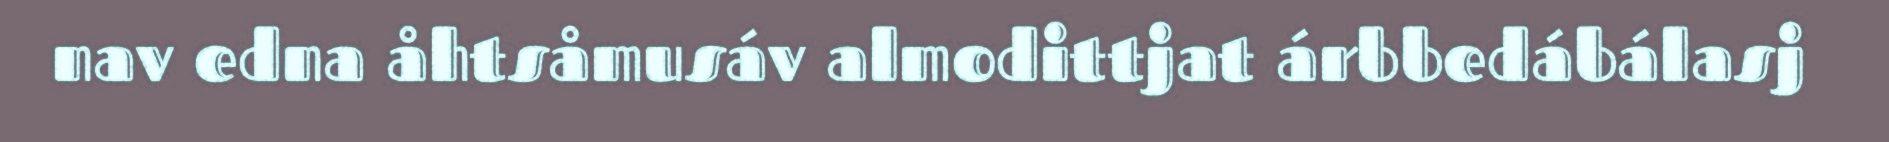
nav edna åhtsåmusáv almodittjat árbbedábálasj